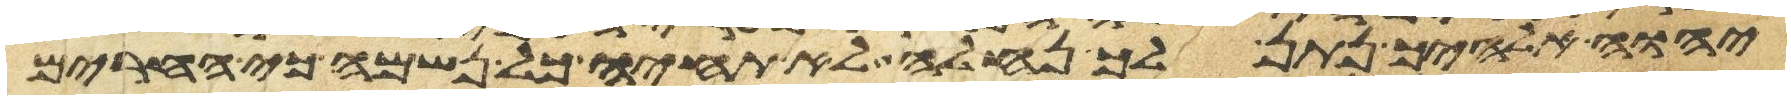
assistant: יהוה אלהיך נתן לך נחלה לא תחיה כל נשמה כי החרים